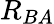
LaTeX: R_{BA}